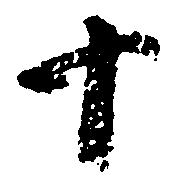
十